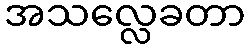
အသလ္လေခတာ